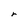
Character: r